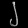
Digit: ၂